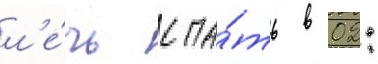
л'е́чь спа́ть в 02: